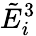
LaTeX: {\tilde{E}}_{i}^{3}